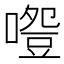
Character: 𠽵